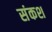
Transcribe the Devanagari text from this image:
संकश